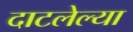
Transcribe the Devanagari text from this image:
दाटलेल्या